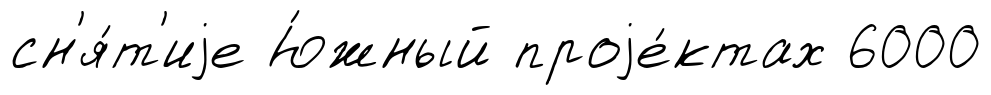
сн'я́т'иjе Ю́жный проjе́ктах 6000